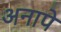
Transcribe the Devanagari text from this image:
अनापे